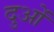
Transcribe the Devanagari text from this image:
दुओं